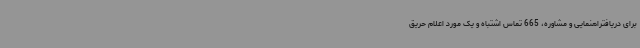
برای دریافتراهنمایی و مشاوره، 665 تماس اشتباه و یک مورد اعلام حریق